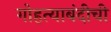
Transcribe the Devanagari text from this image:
गोहत्याबंदीची